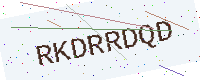
Text: RKDRRDQD